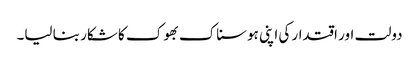
دولت اور اقتدار کی اپنی ہوسناک بھوک کا شکار بنا لیا۔